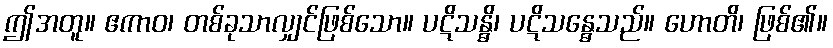
ဤအတူ။ ဧကာဝ၊ တစ်ခုသာလျှင်ဖြစ်သော။ ပဋိသန္ဓိ၊ ပဋိသန္ဓေသည်။ ဟောတိ၊ ဖြစ်၏။